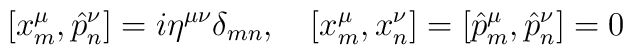
\left[ x_m^\mu ,\hat{p}_n^\nu \right] =i\eta ^{\mu \nu }\delta _{mn},\quad\left[ x_m^\mu ,x_n^\nu \right] =\left[ \hat{p}_m^\mu ,\hat{p}_n^\nu \right]=0